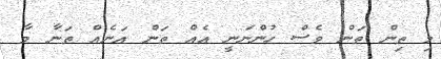
މި ތިން ތަން ވެސް ހުންނަނީ އެއް ތަން އަނެއް ތަނާ މާ